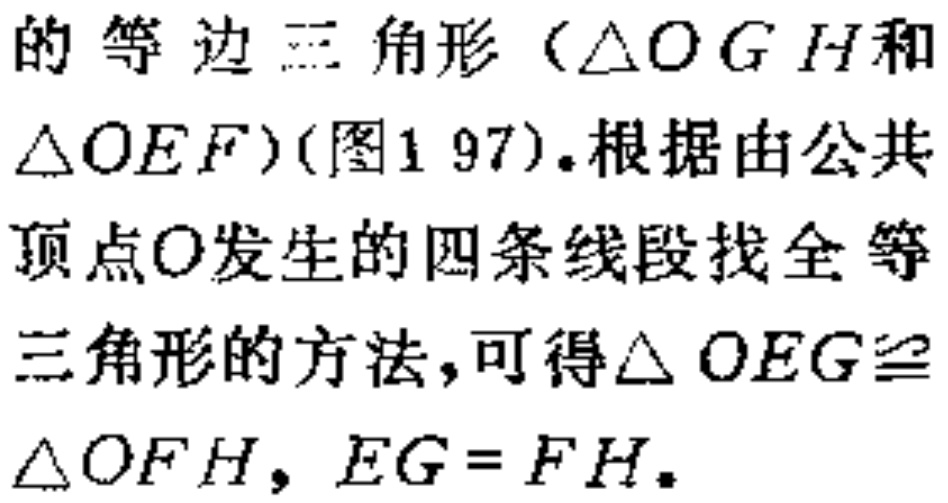
的等边三角形（$\triangle OGH$和$\triangle OEF$)(图1 97).根据由公共顶点$O$发生的四条线段找全等三角形的方法,可得$\triangle OEG\cong\triangle OFH$, $EG = FH$.